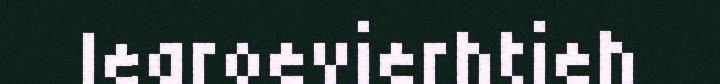
learoevierhtieh